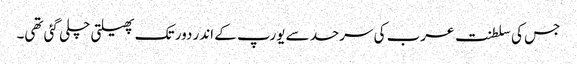
جس کی سلطنت عرب کی سرحد سے یورپ کے اندر دور تک پھیلتی چلی گئی تھی۔